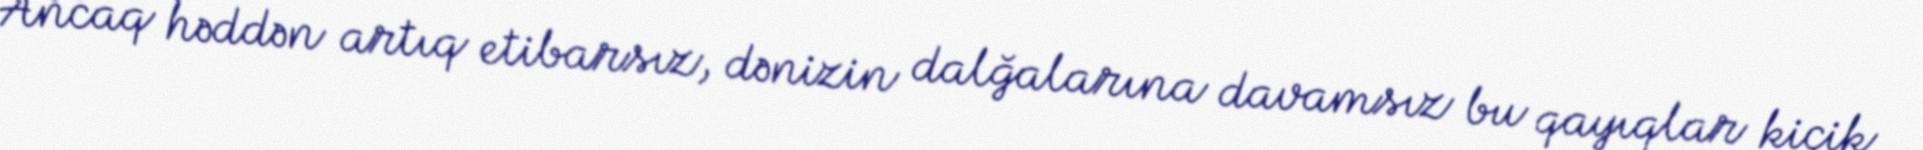
Ancaq həddən artıq etibarsız, dənizin dalğalarına davamsız bu qayıqlar kiçik